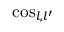
\cos _ { l , l ^ { \prime } }